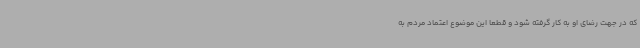
که در جهت رضای او به کار گرفته شود و قطعا این موضوع اعتماد مردم به